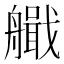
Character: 艥